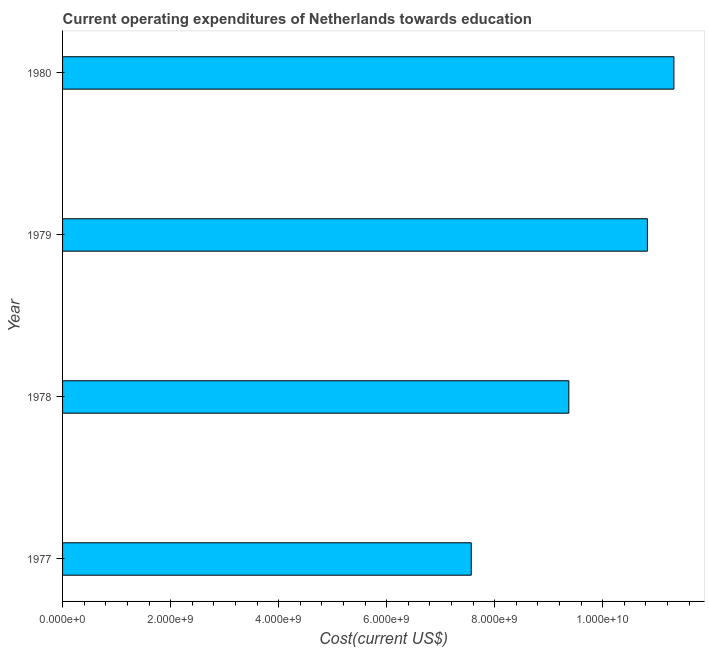
| Year | Education expenditure |
 | --- | --- |
 | 1977 | 7.57e+09 |
 | 1978 | 9.37e+09 |
 | 1979 | 1.08e+10 |
 | 1980 | 1.13e+10 |